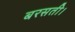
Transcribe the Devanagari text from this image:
बरसती।